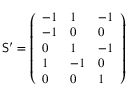
\mathsf { S } ^ { \prime } = \left( \begin{array} { l l l } { - 1 } & { 1 } & { - 1 } \\ { - 1 } & { 0 } & { 0 } \\ { 0 } & { 1 } & { - 1 } \\ { 1 } & { - 1 } & { 0 } \\ { 0 } & { 0 } & { 1 } \end{array} \right)